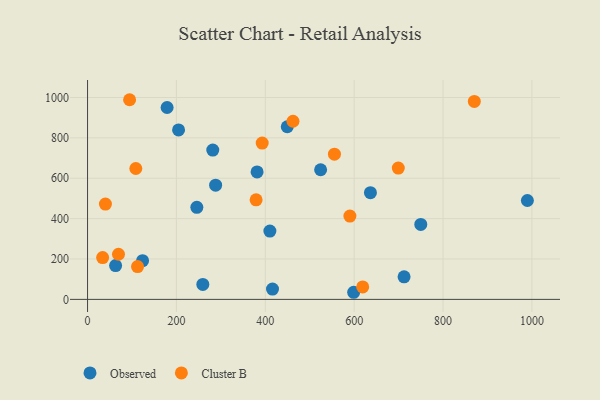
{"axis": {"x": "Engine Size", "y": "Demand"}, "legend": ["Cluster B", "Observed"], "data": [{"x": "381.5", "y": 631.3, "type": "Observed"}, {"x": "281.8", "y": 739.3, "type": "Observed"}, {"x": "204.8", "y": 839.3, "type": "Observed"}, {"x": "598.9", "y": 35.2, "type": "Observed"}, {"x": "416.2", "y": 51.0, "type": "Observed"}, {"x": "989.8", "y": 489.8, "type": "Observed"}, {"x": "179.0", "y": 950.3, "type": "Observed"}, {"x": "63.1", "y": 167.2, "type": "Observed"}, {"x": "712.3", "y": 111.5, "type": "Observed"}, {"x": "259.4", "y": 74.1, "type": "Observed"}, {"x": "410.3", "y": 338.4, "type": "Observed"}, {"x": "524.5", "y": 641.9, "type": "Observed"}, {"x": "449.4", "y": 855.0, "type": "Observed"}, {"x": "123.8", "y": 191.5, "type": "Observed"}, {"x": "749.9", "y": 371.3, "type": "Observed"}, {"x": "245.9", "y": 455.8, "type": "Observed"}, {"x": "636.6", "y": 528.7, "type": "Observed"}, {"x": "288.2", "y": 565.6, "type": "Observed"}, {"x": "619.2", "y": 61.7, "type": "Cluster B"}, {"x": "108.6", "y": 648.1, "type": "Cluster B"}, {"x": "69.6", "y": 223.4, "type": "Cluster B"}, {"x": "699.3", "y": 650.1, "type": "Cluster B"}, {"x": "379.3", "y": 493.1, "type": "Cluster B"}, {"x": "393.0", "y": 774.3, "type": "Cluster B"}, {"x": "870.4", "y": 980.3, "type": "Cluster B"}, {"x": "94.6", "y": 988.8, "type": "Cluster B"}, {"x": "462.3", "y": 882.1, "type": "Cluster B"}, {"x": "33.9", "y": 207.1, "type": "Cluster B"}, {"x": "40.2", "y": 472.2, "type": "Cluster B"}, {"x": "555.6", "y": 719.0, "type": "Cluster B"}, {"x": "112.5", "y": 162.6, "type": "Cluster B"}, {"x": "590.4", "y": 412.4, "type": "Cluster B"}]}